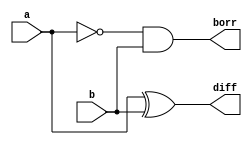
module half_subtractor(a,b,diff,borr);
input a,b;
output reg diff,borr;

always @(a,b)
begin 
	diff = a ^ b;
	borr = ~a & b;
end 
endmodule 

module full_subtractor(a_fa,b_fa,bin_fa,diff_fa,borr_fa);
input a_fa,b_fa,bin_fa;
output diff_fa,borr_fa;

wire diff_ha1,borr_ha1,borr_ha2;

half_subtractor HS1(a_fa,b_fa,diff_ha1,borr_ha1);
half_subtractor HS2(diff_ha1,bin_fa,diff_fa,borr_ha2);
assign borr_fa = borr_ha1 | borr_ha2;
endmodule